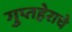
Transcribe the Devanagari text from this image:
गुप्तहेराचे